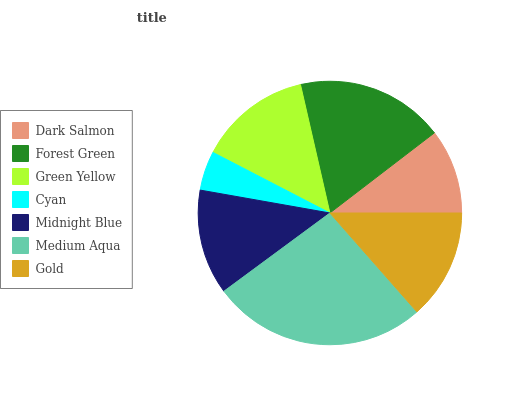
| Dark Salmon | Forest Green | Green Yellow | Cyan | Midnight Blue | Medium Aqua | Gold |
 | --- | --- | --- | --- | --- | --- | --- |
 | 10.4% | 18.1% | 13.8% | 4.82% | 12.9% | 26.4% | 13.5% |